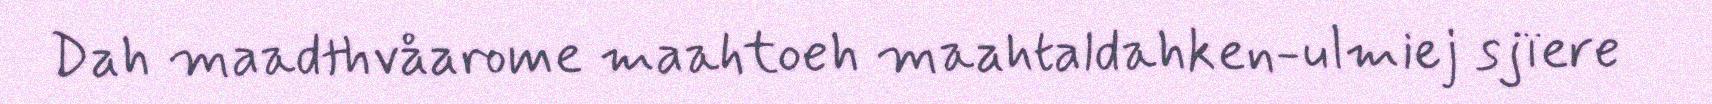
Dah maadthvåarome maahtoeh maahtaldahken-ulmiej sjïere